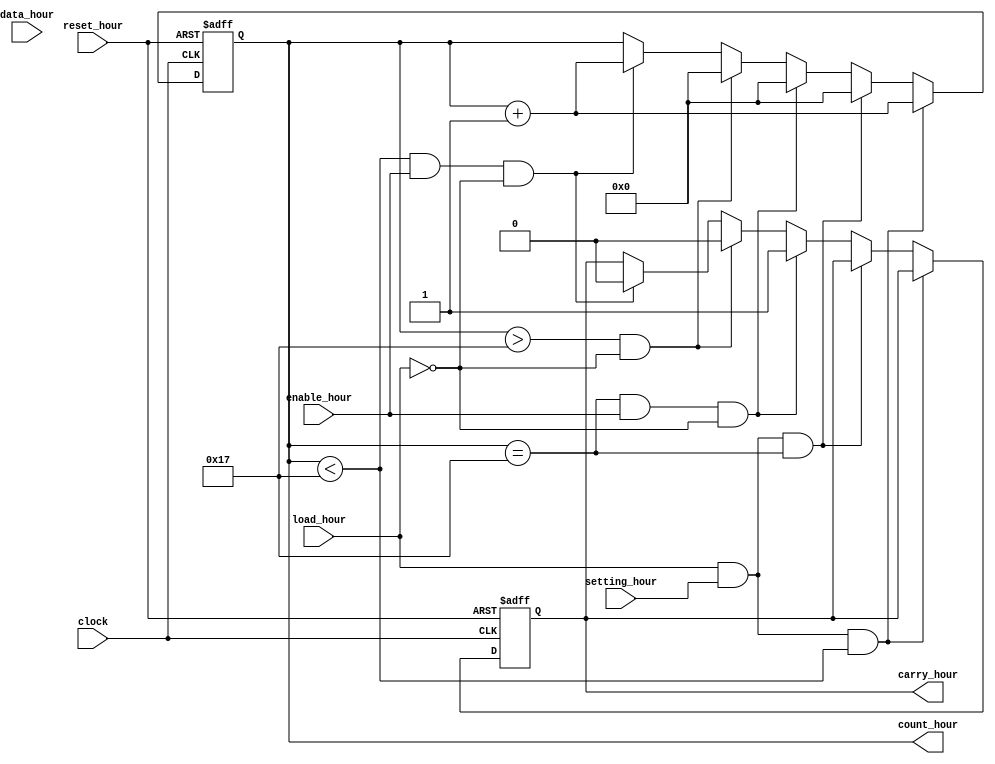
`timescale 1ns / 1ps
//////////////////////////////////////////////////////////////////////////////////
// Company: 
// Engineer: 
// 
// Design Name: 
// Module Name: counter_hour
// Project Name: 
// Target Devices: 
// Tool Versions: 
// Description: 
// 
// Dependencies: 
// 
// Revision:
// Revision 0.01 - File Created
// Additional Comments:
// 
//////////////////////////////////////////////////////////////////////////////////

module counter_hour( 
    input clock,                     // clock from FPGA (50MHz) through Frequency Divider : ( 50MHz ) / ( 2^24) = 2.98 Hz
    input reset_hour,
    input enable_hour,
    input load_hour,                 // load data mode
	input setting_hour,              // press FPGA buttom to trigger loading hour data
    input [5:0] data_hour,           // hour data  6'd0 ~ 6'b23
    output reg [5:0] count_hour,     // output hour 6'd0 ~ 6'b23
	output reg carry_hour            // control signal for module counter_day:  enable day+1
);
	 
    always @ (posedge clock or posedge reset_hour)
        begin
            if (reset_hour) begin
                count_hour<=6'b000000;
				carry_hour<=1'b0;
			end
			
            else if (load_hour && setting_hour && count_hour<6'd23) begin    
			     count_hour<=count_hour+1;                                        //  press buttom : load +1 = sec +1
            end
			     
            else if (load_hour && setting_hour && count_hour==6'd23) begin
			     count_hour<=6'b000000;	                                           // press buttom: load hour +1 = 23 -> 00
            end		
            	     					
			else if (count_hour==6'd23 && enable_hour && load_hour==0) begin
		         count_hour<=6'b000000;                                            // hour 23 -> 00
				 carry_hour<=1'b1;                                                 // enable counter_day +1             
			end
					
			else if (count_hour>6'd23 && load_hour==0) begin                      // hour : 00~23
		          count_hour<=6'b000000;
				  carry_hour<=1'b0;                                               // disable carry_hour
			end	
			  
			else if (count_hour<6'd23 && enable_hour && load_hour==0) begin
		          count_hour<=count_hour+1;                                        // counter_hour + 1                
				  carry_hour<=1'b0;                                                // disable carry_hour
			end			     				 
        end				
endmodule